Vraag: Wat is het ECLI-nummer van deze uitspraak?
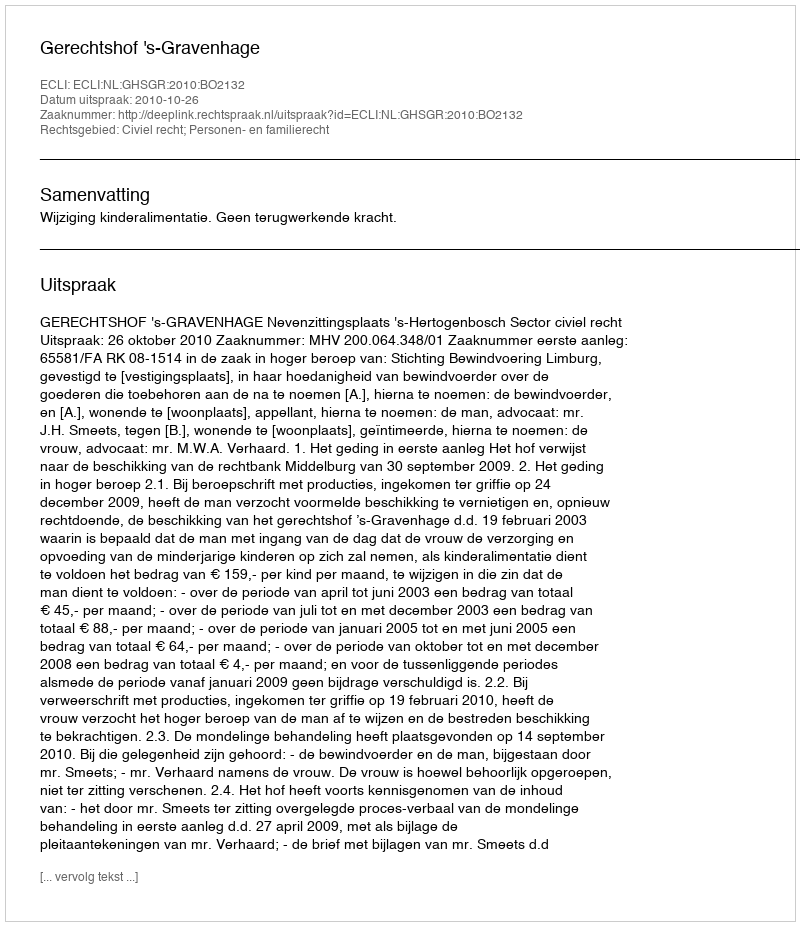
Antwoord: ECLI:NL:GHSGR:2010:BO2132